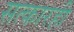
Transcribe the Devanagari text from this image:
सत्कारही